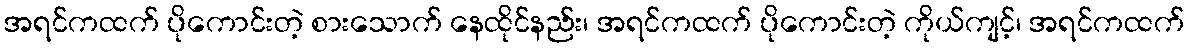
အရင်ကထက် ပိုကောင်းတဲ့ စားသောက် နေထိုင်နည်း၊ အရင်ကထက် ပိုကောင်းတဲ့ ကိုယ်ကျင့်၊ အရင်ကထက်